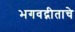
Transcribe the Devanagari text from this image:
भगवद्गीताचे